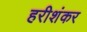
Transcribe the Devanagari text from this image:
हरीशंकर